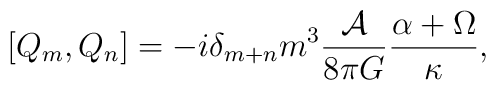
\left[Q_{m} ,Q_{n} \right] = - i \delta _{m+n}m^{3} \frac{{\cal A}}{8\pi G} \frac{\alpha  +\Omega }{\kappa},